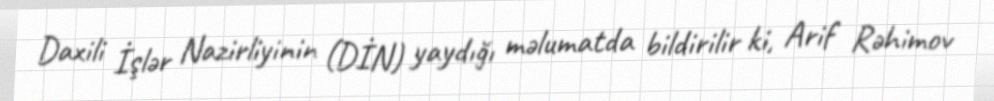
Daxili İşlər Nazirliyinin (DİN) yaydığı məlumatda bildirilir ki, Arif Rəhimov